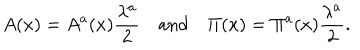
A ( x ) = A ^ { a } ( x ) \frac { \lambda ^ { a } } { 2 } \quad \mathrm { a n d } \quad \Pi ( x ) = \Pi ^ { a } ( x ) \frac { \lambda ^ { a } } { 2 } .